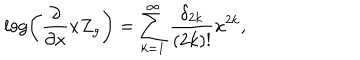
\log \left( \frac { \partial } { \partial x } x Z _ { g } \right) = \sum _ { k = 1 } ^ { \infty } \frac { \delta _ { 2 k } } { ( 2 k ) ! } x ^ { 2 k } ,